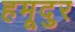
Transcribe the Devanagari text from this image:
हमूदुर